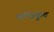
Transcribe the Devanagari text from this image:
मन्त्रिकुच